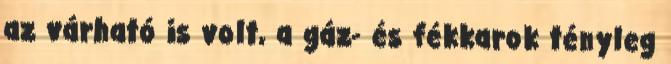
az várható is volt, a gáz- és fékkarok tényleg